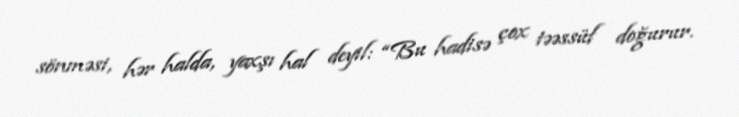
sönməsi, hər halda, yaxşı hal deyil: “Bu hadisə çox təəssüf doğurur.